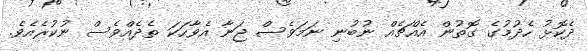
ދެކޮޅު ހެދުމުގެ ގޮތުން އެއްޗެއް ނުބުނި ނަމަވެސް ޖަނާ އެވާހަކަ ތެދެއްވެސް ނުކުރެއެވެ.